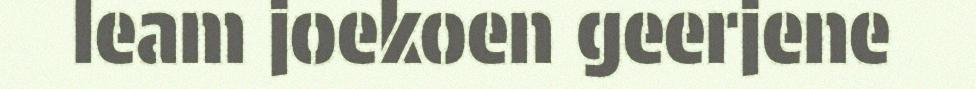
leam joekoen geerjene